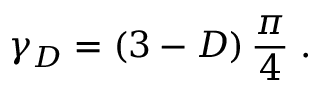
\gamma _ { { D } } = \left( 3 - D \right) \frac { \pi } { 4 } \; .